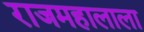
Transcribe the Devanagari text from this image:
राजमहालाला